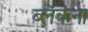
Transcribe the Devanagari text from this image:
ब्लॅकना